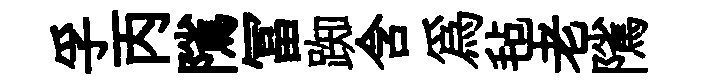
孚丙隲冨踟含為毡老隲